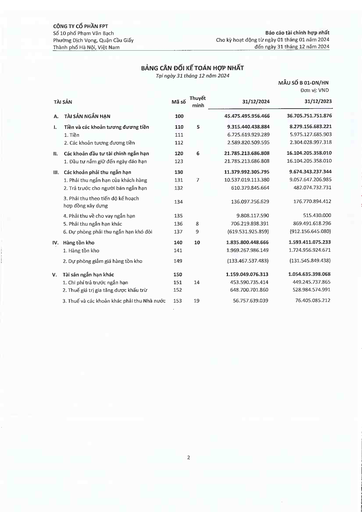
|TÀI SẢN|Mã số|Thuyết minh|31/12/2024|Đơn vị: VND 31/12/2023| |---|---|---|---|---| |A. TÀI SẢN NGẮN HẠN|100||45.475.495.956.466|36.705.751.751.876| |I. Tiền và các khoản tương đương tiền|110|5|9.315.440.438.884|8.279.156.683.221| |1. Tiền|111||6.725.619.929.289|5.975.127.685.903| |2. Các khoản tương đương tiền|112||2.589.820.509.595|2.304.028.997.318| |II. Các khoản đầu tư tài chính ngắn hạn|120|6|21.785.213.686.808|16.104.205.358.010| |1. Đầu tư nắm giữ đến ngày đáo hạn|123||21.785.213.686.808|16.104.205.358.010| |III. Các khoản phải thu ngắn hạn|130||11.379.992.305.795|9.674.343.237.344| |1. Phải thu ngắn hạn của khách hàng|131|7|10.537.019.113.380|9.057.647.206.985| |2. Trả trước cho người bán ngắn hạn|132||610.379.845.664|482.074.732.731| |3. Phải thu theo tiến độ kế hoạch hợp đồng xây dựng|134||136.097.256.629|176.770.894.412| |4. Phải thu về cho vay ngắn hạn|135||9.808.117.590|515.430.000| |5. Phải thu ngắn hạn khác|136|8|706.219.898.391|869.491.618.296| |6. Dự phòng phải thu ngắn hạn khó đòi|137|9|(619.531.925.859)|(912.156.645.080)| |IV. Hàng tồn kho|140|10|1.835.800.448.666|1.593.411.075.233| |1. Hàng tồn kho|141||1.969.267.986.149|1.724.956.924.671| |2. Dự phòng giảm giá hàng tồn kho|149||(133.467.537.483)|(131.545.849.438)| |V. Tài sản ngắn hạn khác|150||1.159.049.076.313|1.054.635.398.068| |1. Chi phí trả trước ngắn hạn|151|14|453.590.735.414|449.245.737.865| |2. Thuế giá trị gia tăng được khấu trừ|152||648.700.701.860|528.984.574.991| |3. Thuế và các khoản khác phải thu Nhà nước|153|19|56.757.639.039|76.405.085.212|